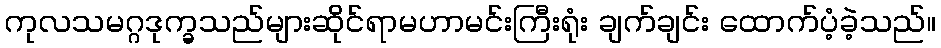
ကုလသမဂ္ဂဒုက္ခသည်များဆိုင်ရာမဟာမင်းကြီးရုံး ချက်ချင်း ထောက်ပံ့ခဲ့သည်။